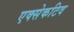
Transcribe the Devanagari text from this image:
एक्सेकटिव